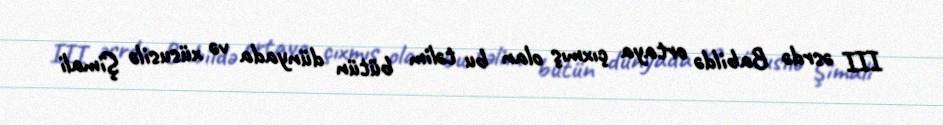
III əsrdə Babildə ortaya çıxmış olan bu təlim bütün dünyada və xüsusilə Şimali